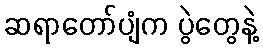
ဆရာတော်ပျံက ပွဲတွေနဲ့